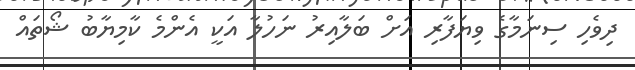
ދިވެހި ސިނަމާގެ ވިޔަފާރި އަށް ބަލާއިރު ނަހުލާ އަކީ އެންމެ ކާމިޔާބު ޝޯތައް